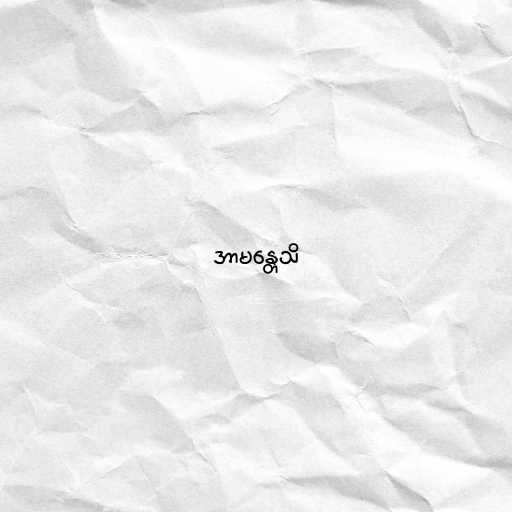
အာမန္တေသိ